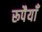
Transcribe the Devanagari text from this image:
रूपैयाँ